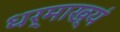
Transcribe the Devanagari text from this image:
धर्माख्यं